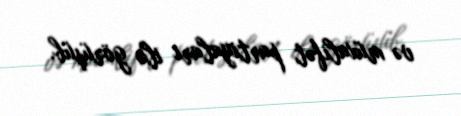
və müxalifət partiyaları ilə görüşüb.